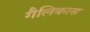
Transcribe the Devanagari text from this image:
गैलिकास